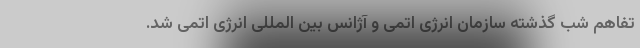
تفاهم شب گذشته سازمان انرژی اتمی و آژانس بین المللی انرژی اتمی شد.